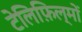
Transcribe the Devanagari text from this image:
टेलिफ़िल्मों